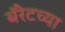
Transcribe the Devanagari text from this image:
बॅरेटच्या